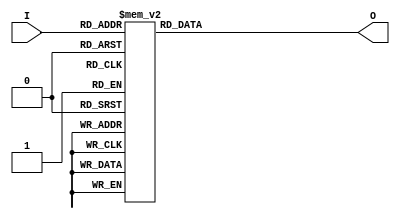
module voter_if (I, O);
input  [3:0] I;
output [3:1] O;
reg    [3:1] O;

always @(I) 
    case (I)
     4'b0000 : O = 3'b100;
     4'b0001 : O = 3'b100;
     4'b0010 : O = 3'b100;
     4'b0011 : O = 3'b010;
     4'b0100 : O = 3'b100;
     4'b0101 : O = 3'b010;
     4'b0110 : O = 3'b010;
     4'b0111 : O = 3'b001;
     4'b1000 : O = 3'b100;
     4'b1001 : O = 3'b010;
     4'b1010 : O = 3'b010;
     4'b1011 : O = 3'b001;
     4'b1100 : O = 3'b010;
     4'b1101 : O = 3'b001;
     4'b1110 : O = 3'b001;
     4'b1111 : O = 3'b001;
    endcase
endmodule